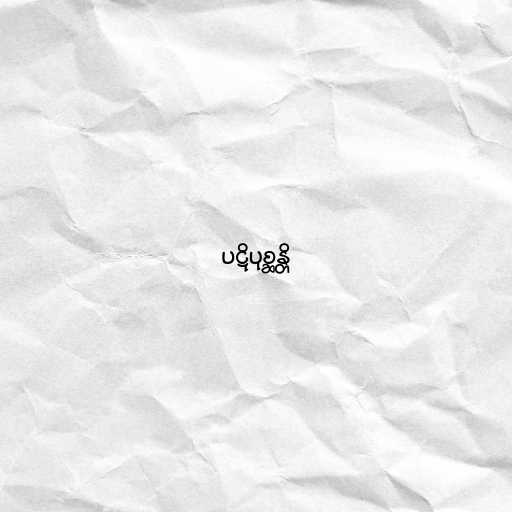
ပဋိပုစ္ဆန္တိ